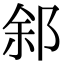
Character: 䣄